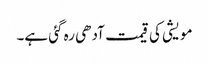
مویشی کی قیمت آدھی رہ گئی ہے۔